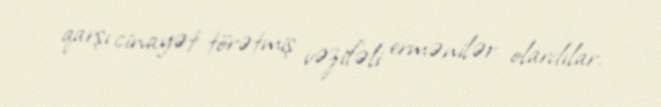
qarşı cinayət törətmiş vəzifəli ermənilər olardılar.